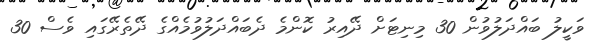
ވަކީލު ބައްދަލުވުން 30 މިނިޓަށް ދޭއިރު ކޮންމެ ދެބައްދަލުވުމެއްގެ ދޭތެރޭގައި ވެސް 30